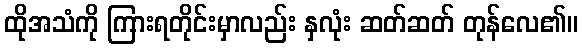
ထိုအသံကို ကြားရတိုင်းမှာလည်း နှလုံး ဆတ်ဆတ် တုန်လေ၏။